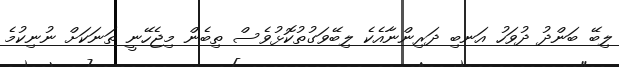
ލިބޭ ބަންދު ދުވަހު އަނބި ދަރިންނާއެކެ ލިބޭވަގުތުކޮޅުވެސް ތިބެން މިޖެހޭނީ ތަނަކަށް ނުނިކުމެ